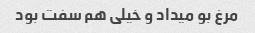
مرغ بو میداد و خیلی هم سفت بود